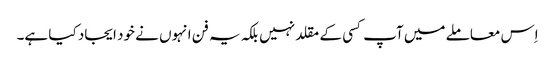
اِس معاملے میں آپ کسی کے مقلد نہیں بلکہ یہ فن انہوں نے خود ایجاد کیا ہے۔